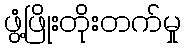
ဖွံ့ဖြိုးတိုးတက်မှု